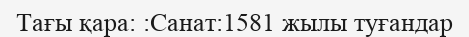
Тағы қара: :Санат:1581 жылы туғандар